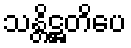
သန္တိဋ္ဌတိပေ